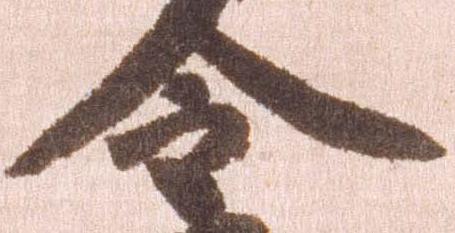
令